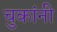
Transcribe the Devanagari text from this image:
चुकांनी